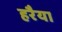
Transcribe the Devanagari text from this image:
हरैया